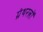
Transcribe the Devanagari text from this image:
ग्रंथरत्नों